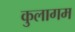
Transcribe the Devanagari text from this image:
कुलागम